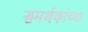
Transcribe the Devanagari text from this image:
समर्थकांच्या